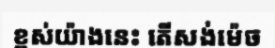
ខ្ពស់យ៉ាងនេះ តើសង់ម៉េច